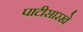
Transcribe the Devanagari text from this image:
पाटीसारखे